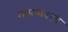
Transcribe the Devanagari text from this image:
गायनावरचे